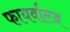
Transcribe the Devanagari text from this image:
फायर्वाल्ज़